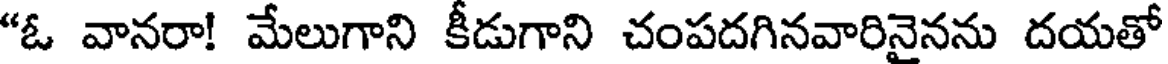
"ఓ వానరా! మేలుగాని కీడుగాని చంపదగినవారినైనను దయతో